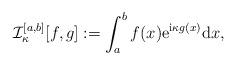
LaTeX: \begin{align*}\mathcal{I}_\kappa^{[a,b]}[f,g]:=\int_a^bf(x){\rm e}^{{\rm i}\kappa g(x)}{\rm d}x,\end{align*}